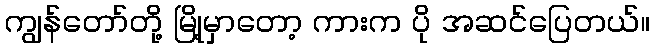
ကျွန်တော်တို့ မြို့မှာတော့ ကားက ပို အဆင်ပြေတယ်။